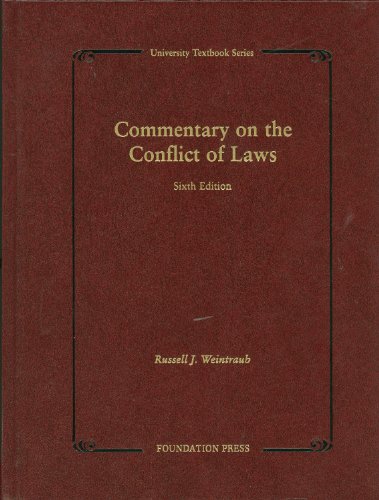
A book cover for Commentary on the Conflict of Laws, 6th (University Textbook Series); Russell Weintraub; Law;